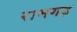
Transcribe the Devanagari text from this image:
रामगड़